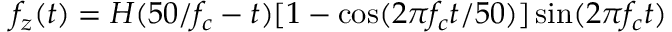
f _ { z } ( t ) = H ( 5 0 / f _ { c } - t ) [ 1 - \cos ( 2 \pi f _ { c } t / 5 0 ) ] \sin ( 2 \pi f _ { c } t )